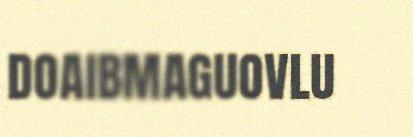
DOAIBMAGUOVLU